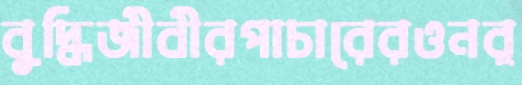
বুদ্ধিজীবীরপাচারেরওনর্